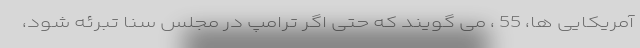
آمریکایی ها، 55 ، می گویند که حتی اگر ترامپ در مجلس سنا تبرئه شود،